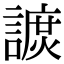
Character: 𧫽